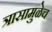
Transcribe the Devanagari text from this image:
त्रासामुळेच